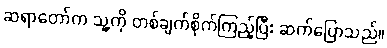
ဆရာတော်က သူ့ကို တစ်ချက်စိုက်ကြည့်ပြီး ဆက်ပြောသည်။